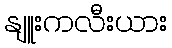
နျူးကလီးယား